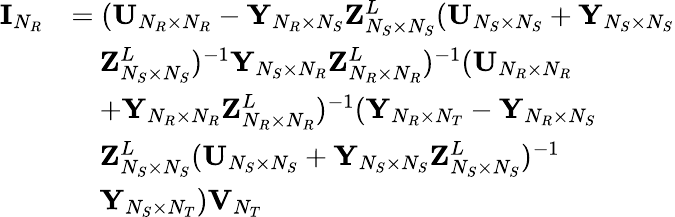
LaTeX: \begin{array}{rl}{{\mathbf{I}}_{N_{R}}}&{=({\mathbf{U}}_{N_{R}\times N_{R}}-{\mathbf{Y}}_{N_{R}\times N_{S}}{\mathbf{Z}}_{N_{S}\times N_{S}}^{L}({\mathbf{U}}_{N_{S}\times N_{S}}+{\mathbf{Y}}_{N_{S}\times N_{S}}}\\ &{\quad{\mathbf{Z}}_{N_{S}\times N_{S}}^{L})^{-1}{\mathbf{Y}}_{N_{S}\times N_{R}}{\mathbf{Z}}_{N_{R}\times N_{R}}^{L})^{-1}({\mathbf{U}}_{N_{R}\times N_{R}}}\\ &{\quad+{\mathbf{Y}}_{N_{R}\times N_{R}}{\mathbf{Z}}_{N_{R}\times N_{R}}^{L})^{-1}({\mathbf{Y}}_{N_{R}\times N_{T}}-{\mathbf{Y}}_{N_{R}\times N_{S}}}\\ &{\quad{\mathbf{Z}}_{N_{S}\times N_{S}}^{L}({\mathbf{U}}_{N_{S}\times N_{S}}+{\mathbf{Y}}_{N_{S}\times N_{S}}{\mathbf{Z}}_{N_{S}\times N_{S}}^{L})^{-1}}\\ &{\quad{\mathbf{Y}}_{N_{S}\times N_{T}}){\mathbf{V}}_{N_{T}}}\end{array}